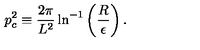
p _ { c } ^ { 2 } \equiv { \frac { 2 \pi } { L ^ { 2 } } } \ln ^ { - 1 } \left( \frac { R } { \epsilon } \right) .